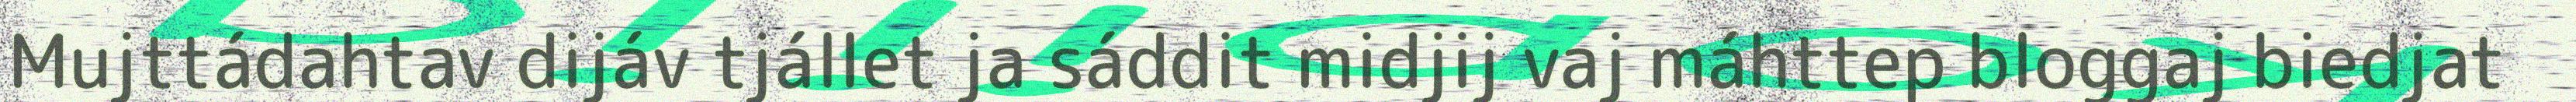
Mujttádahtav dijáv tjállet ja sáddit midjij vaj máhttep bloggaj biedjat